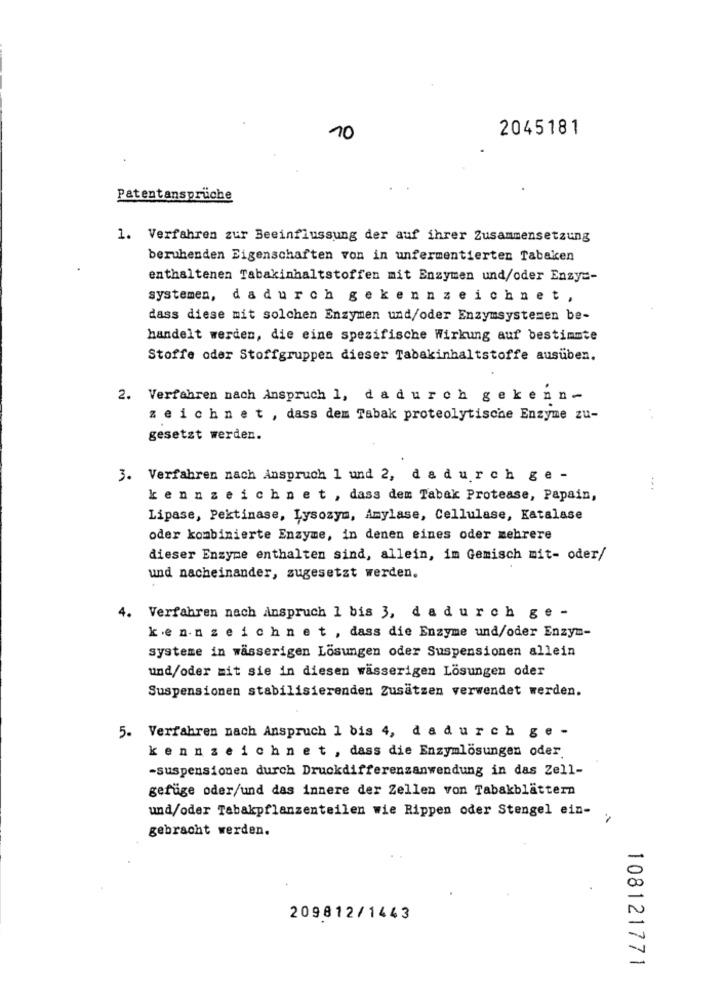
2045181
10
Patentansprüche
1. Verfahren zur Beeinflussung der auf ihrer Zusammensetzung
beruhenden Eigenschaften von in unfermentierter Tabaken
enthaltenen Tabakinhaltstoffen mit Enzymen und/oder Enzy =-
systemen, dadurch gekennzeichnet,
dass diese mit solchen Enzymen und/oder Enzymsystemen be-
handelt werden, die eine spezifische Wirkung auf bestimmte
Stoffe oder Stoffgruppen dieser Tabakinhaltstoffe ausüben.
2. Verfahren nach Anspruch 1, dadurch gekenn-
zeichnet , dass dem Tabak proteolytische Enzyme zu-
gesetzt werden.
3. Verfahren nach Anspruch 1 und 2, da durch ge -
kennzeichnet , dass dem Tabak Protease, Papain,
Lipase, Pektinase, Lysozym, Amylase, Cellulase, Katalase
oder kombinierte Enzyme, in denen eines oder mehrere
dieser Enzyme enthalten sind, allein, im Gemisch mit- oder/
und nacheinander, zugesetzt werden.
4. Verfahren nach Anspruch 1 bis 3, da durch ge -
kennzeichnet , dass die Enzyme und/oder Enzym-
systeme in wässerigen Lösungen oder Suspensionen allein
und/oder mit sie in diesen wässerigen Lösungen oder
Suspensionen stabilisierenden Zusätzen verwendet werden.
5. Verfahren nach Anspruch 1 bis 4, da durch ge -
kennzeichnet , dass die Enzymlösungen oder
-suspensionen durch Druckdifferenzanwendung in das Zell-
gefüge oder/und das innere der Zellen von Tabakblättern
und/oder Tabakpflanzenteilen wie Rippen oder Stengel ein-
gebracht werden.
209812/1443
108121771